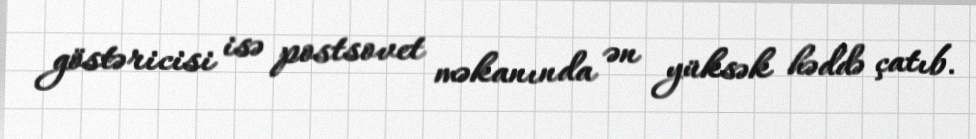
göstəricisi isə postsovet məkanında ən yüksək həddə çatıb.